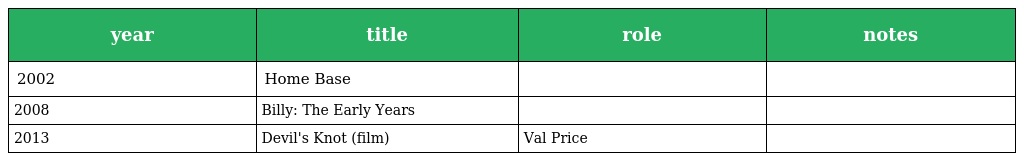
| year | title | role | notes |
 | --- | --- | --- | --- |
 | 2002 | Home Base |  |  |
 | 2008 | Billy: The Early Years |  |  |
 | 2013 | Devil's Knot (film) | Val Price |  |